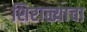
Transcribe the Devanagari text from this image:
शिराळ्याचा